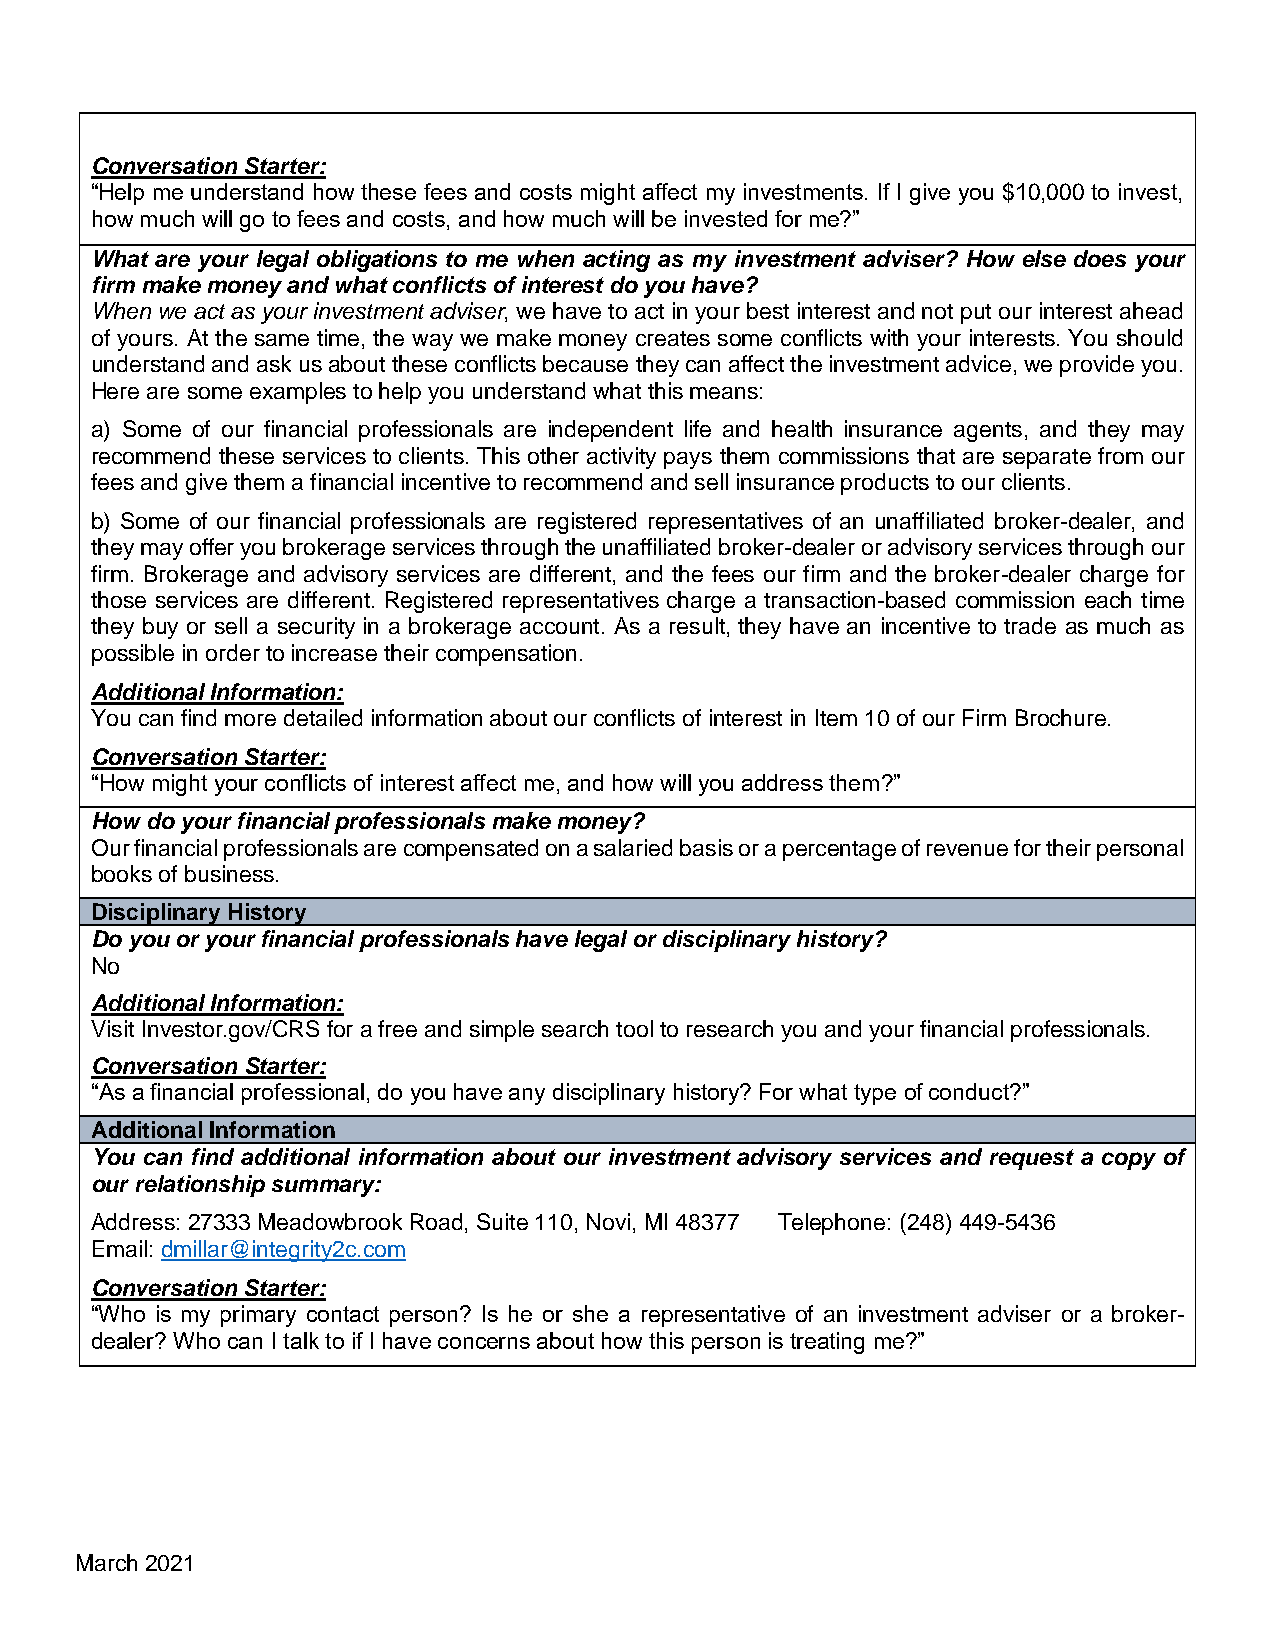
Conversation Starter:
 “Help me understand how these fees and costs might affect my investments. If I give you $10,000 to invest,
 how much will go to fees and costs, and how much will be invested for me?”
 What are your legal obligations to me when acting as my investment adviser? How else does your
 firm make money and what conflicts of interest do you have?
 When we act as your investment adviser, we have to act in your best interest and not put our interest ahead
 of yours. At the same time, the way we make money creates some conflicts with your interests. You should
 understand and ask us about these conflicts because they can affect the investment advice, we provide you.
 Here are some examples to help you understand what this means:
 a) Some of our financial professionals are independent life and health insurance agents, and they may
 recommend these services to clients. This other activity pays them commissions that are separate from our
 fees and give them a financial incentive to recommend and sell insurance products to our clients.
 b) Some of our financial professionals are registered representatives of an unaffiliated broker-dealer, and
 they may offer you brokerage services through the unaffiliated broker-dealer or advisory services through our
 firm. Brokerage and advisory services are different, and the fees our firm and the broker-dealer charge for
 those services are different. Registered representatives charge a transaction-based commission each time
 they buy or sell a security in a brokerage account. As a result, they have an incentive to trade as much as
 possible in order to increase their compensation.
 Additional Information:
 You can find more detailed information about our conflicts of interest in Item 10 of our Firm Brochure.
 Conversation Starter:
 “How might your conflicts of interest affect me, and how will you address them?”
 How do your financial professionals make money?
 Our financial professionals are compensated on a salaried basis or a percentage of revenue for their personal
 books of business.
 Disciplinary History
 Do you or your financial professionals have legal or disciplinary history?
 No
 Additional Information:
 Visit Investor.gov/CRS for a free and simple search tool to research you and your financial professionals.
 Conversation Starter:
 “As a financial professional, do you have any disciplinary history? For what type of conduct?”
 Additional Information
 You can find additional information about our investment advisory services and request a copy of
 our relationship summary:
 Address: 27333 Meadowbrook Road, Suite 110, Novi, MI 48377 Telephone: (248) 449-5436
 Email: dmillar@integrity2c.com
 Conversation Starter:
 “Who is my primary contact person? Is he or she a representative of an investment adviser or a broker-
 dealer? Who can I talk to if I have concerns about how this person is treating me?”
 March 2021